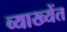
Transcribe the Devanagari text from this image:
व्याख्येंत